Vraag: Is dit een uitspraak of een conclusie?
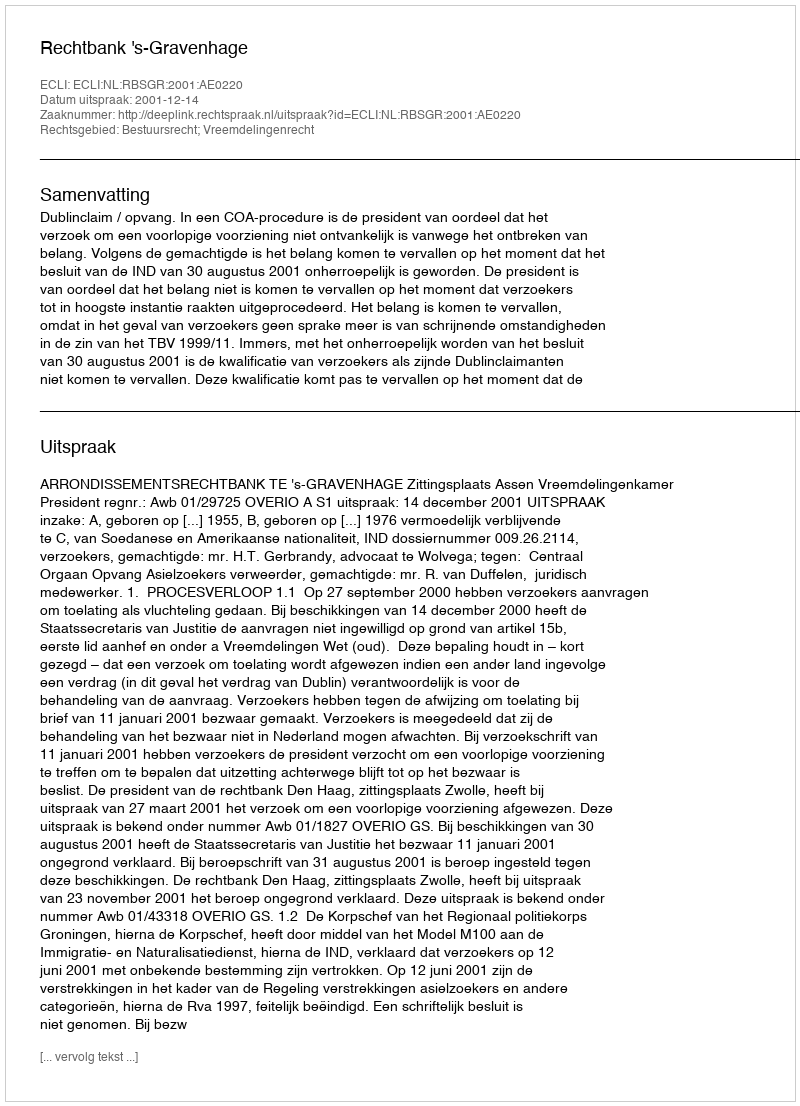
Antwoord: Uitspraak